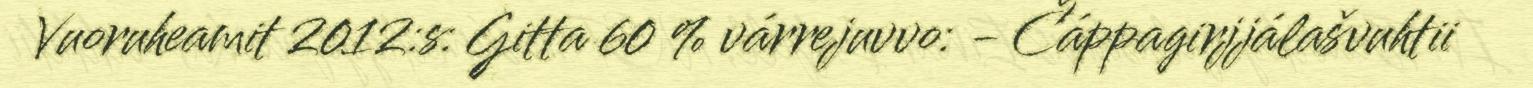
Vuoruheamit 2012:s: Gitta 60 % várrejuvvo: - Čáppagirjjálašvuhtii